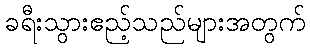
ခရီးသွားဧည့်သည်များအတွက်